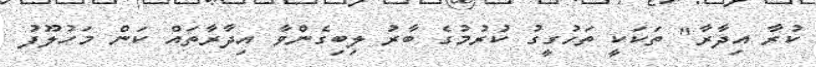
ކުރާ އިދާރާ" ތަކަކީ ތަހުގީގު ކުރުމުގެ ބާރު ލިބިގެންވާ އިދާރާތައް ކަން މަހުލޫފު